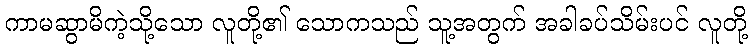
ကာမဆွာမိကဲ့သို့သော လူတို့၏ သောကသည် သူ့အတွက် အခါခပ်သိမ်းပင် လူတို့